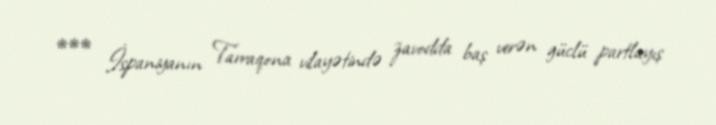
*** İspaniyanın Tarraqona vilayətində zavodda baş verən güclü partlayış